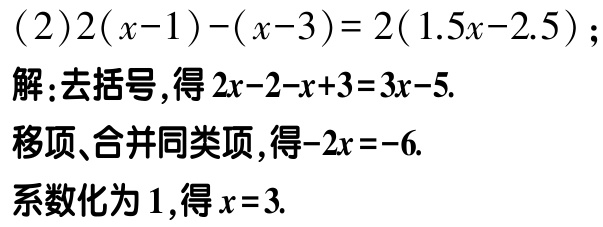
\((2)2(x - 1)-(x - 3)=2(1.5x - 2.5)\)；
解：去括号，得\(2x - 2 - x + 3 = 3x - 5\).
移项、合并同类项，得\(-2x = -6\).
系数化为\(1\)，得\(x = 3\).